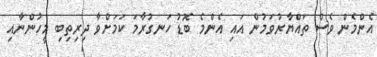
އެންމެން ވެސް ތައްޔާރުވަމުން އައި އެންމެ ބޮޑު ހަނގުރާމަ ކަމަށްވާ ދިރިތިބި މީހުންނާއި